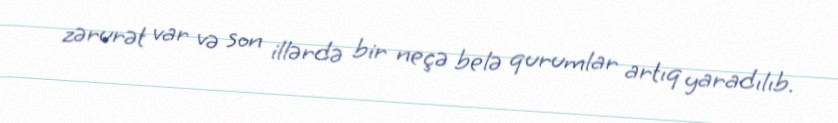
zərurət var və son illərdə bir neçə belə qurumlar artıq yaradılıb.